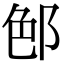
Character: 𨛉